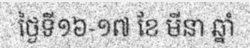
ថ្ងៃទី១៦-១៧ ខែ មីនា ឆ្នាំ